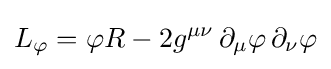
L_{\varphi }=\varphi R-2g^{\mu \nu }\,\partial _{\mu }\varphi \,\partial _{\nu }\varphi